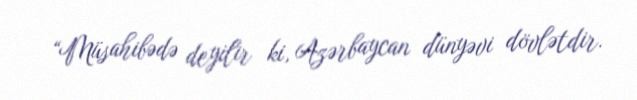
“Müsahibədə deyilir ki, Azərbaycan dünyəvi dövlətdir.